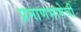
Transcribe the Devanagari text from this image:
प्रमाणभाषेची